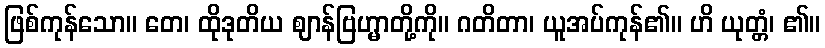
ဖြစ်ကုန်သော။ တေ၊ ထိုဒုတိယ ဈာန်ဗြဟ္မာတို့ကို။ ဂတိတာ၊ ယူအပ်ကုန်၏။ ဟိ ယုတ္တံ၊ ၏။